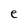
Character: e